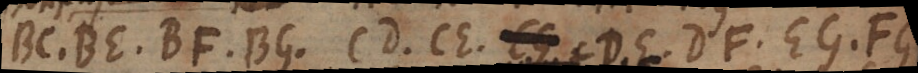
BC, BE, BF, BG, CD, CE, CG, DE, DF, EG, FG,